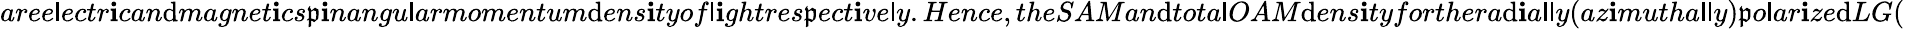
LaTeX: aree\mathsf{l}ectr\mathbf{i}can\mathrm{d}magnet\mathbf{i}cs\mathfrak{p}\mathbf{i}nangu\mathsf{l}armomentum\mathrm{d}ens\mathbf{i}tyof\mathsf{l}\mathbf{i}ghtres\mathfrak{p}ect\mathbf{i}ve\mathsf{l}y.Hence,theSAMan\mathrm{d}tota\mathsf{l}OAM\mathrm{d}ens\mathbf{i}tyforthera\mathrm{d}\mathbf{i}a\mathsf{l}\mathsf{l}y(az\mathbf{i}mutha\mathsf{l}\mathsf{l}y)\mathfrak{p}o\mathsf{l}ar\mathbf{i}ze\mathrm{d}LG(